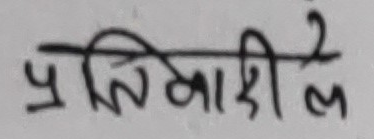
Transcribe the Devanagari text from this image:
प्रतिकाले